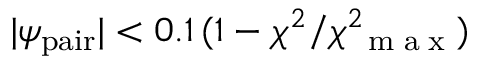
| \psi _ { \mathrm { p a i r } } | < 0 . 1 \, ( 1 - \chi ^ { 2 } / \chi _ { \mathrm { ~ \tiny ~ m ~ a ~ x ~ } } ^ { 2 } )